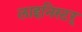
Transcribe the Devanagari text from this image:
लाइनिस्टर्